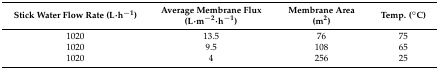
<table><thead><tr><td><b>Stick Water Flow Rate (L·h<sup>−1</sup>)</b></td><td><b>Average Membrane Flux (L·m<sup>−2</sup>·h<sup>−1</sup>)</b></td><td><b>Membrane Area (m<sup>2</sup>)</b></td><td><b>Temp. (°C)</b></td></tr></thead><tbody><tr><td>1020</td><td>13.5</td><td>76</td><td>75</td></tr><tr><td>1020</td><td>9.5</td><td>108</td><td>65</td></tr><tr><td>1020</td><td>4</td><td>256</td><td>25</td></tr></tbody></table>